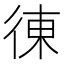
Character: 𢔅